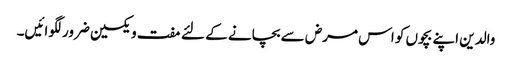
والدین اپنے بچوں کو اس مرض سے بچانے کے لئے مفت ویکسین ضرور لگوائیں۔